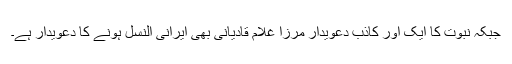
جبکہ نبوت کا ایک اور کاذب دعویدار مرزا غلام قادیانی بھی ایرانی النسل ہونے کا دعویدار ہے۔